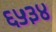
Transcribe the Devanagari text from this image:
६५३४